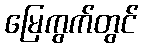
မြေကွက်တွင်